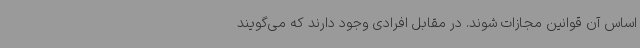
اساس آن قوانین مجازات شوند. در مقابل افرادی وجود دارند که می‌گویند